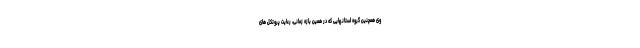
وی همچنین گروه استانهایی که در همین بازه زمانی، رعایت پروتکل های